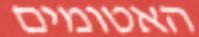
האטומים